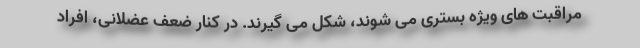
مراقبت های ویژه بستری می شوند، شکل می گیرند. در کنار ضعف عضلانی، افراد